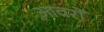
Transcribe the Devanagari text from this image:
आवरों